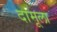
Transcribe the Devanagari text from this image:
दामूला